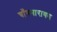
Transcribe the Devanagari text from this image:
चाँगनारायण